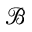
\mathcal { B }